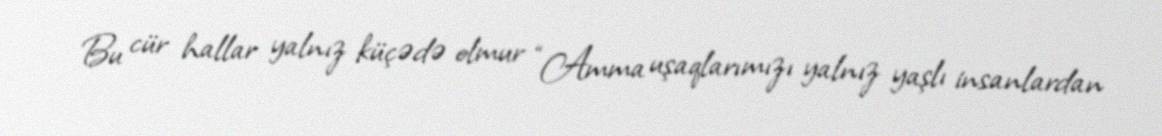
Bu cür hallar yalnız küçədə olmur “Amma uşaqlarımızı yalnız yaşlı insanlardan